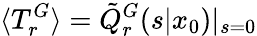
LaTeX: \langle T_{r}^{G}\rangle=\tilde{Q}_{r}^{G}(s|x_{0})|_{s=0}